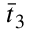
{ { \bar { t } } _ { 3 } }